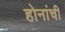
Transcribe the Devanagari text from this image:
होनांची